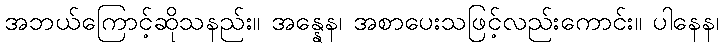
အဘယ်ကြောင့်ဆိုသနည်း။ အန္နေန၊ အစာပေးသဖြင့်လည်းကောင်း။ ပါနေန၊